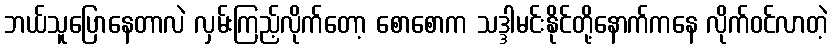
ဘယ်သူပြောနေတာလဲ လှမ်းကြည့်လိုက်တော့ စောစောက သဒ္ဒါမင်းနိုင်တို့နောက်ကနေ လိုက်ဝင်လာတဲ့